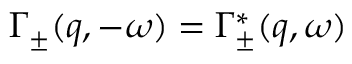
\Gamma _ { \pm } ( q , - \omega ) = \Gamma _ { \pm } ^ { * } ( q , \omega )